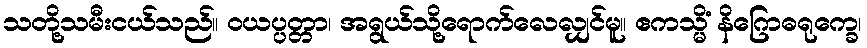
သတို့သမီးငယ်သည်။ ဝယပ္ပတ္တာ၊ အရွယ်သို့ရောက်လေလျှင်မူ။ ဧကသ္မိံ နိဂြောဓရုက္ခေ၊